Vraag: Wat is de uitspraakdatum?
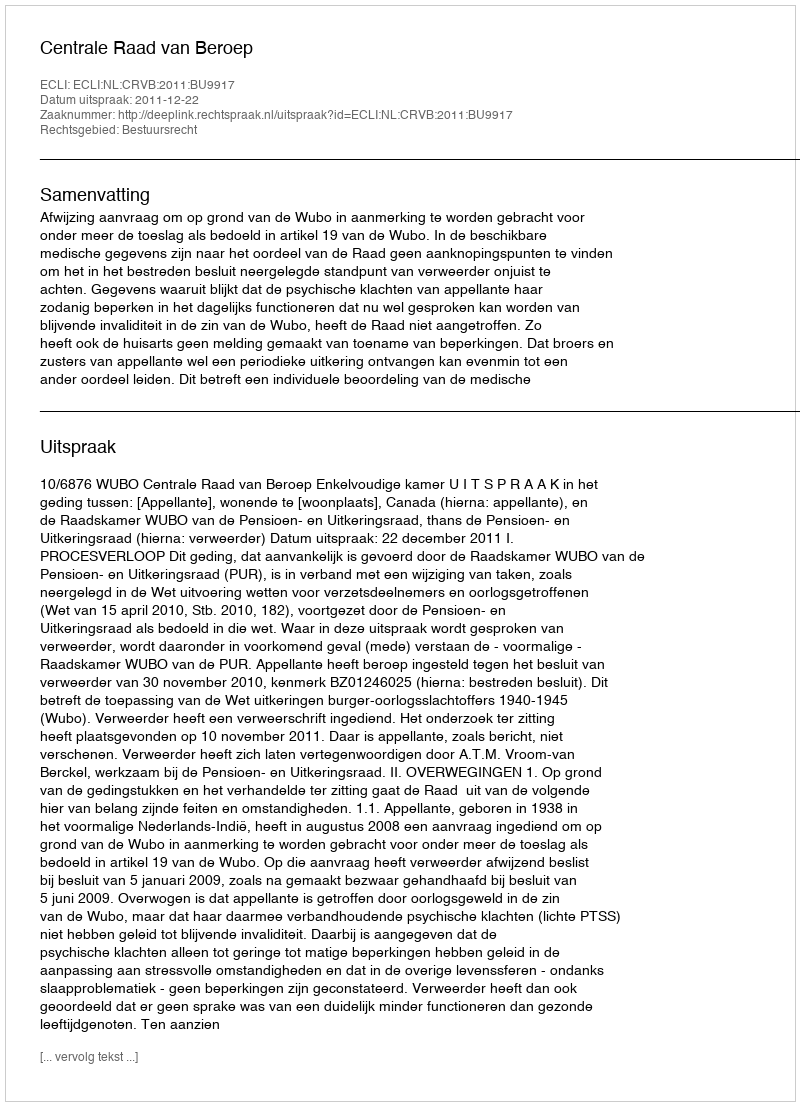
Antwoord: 2011-12-22